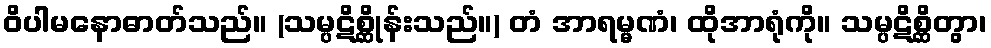
ဝိပါမနောဓာတ်သည်။ (သမ္ပဋိစ္ဆိုန်းသည်။) တံ အာရမ္မဏံ၊ ထိုအာရုံကို။ သမ္ပဋိစ္ဆိတွာ၊